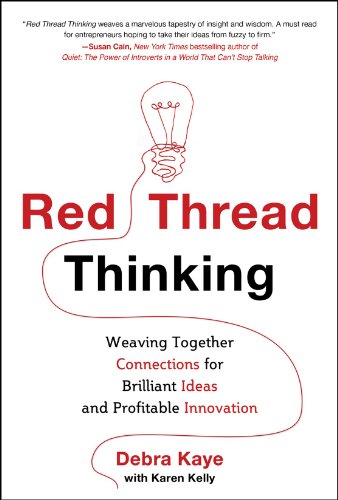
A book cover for Red Thread Thinking: Weaving Together Connections for Brilliant Ideas and Profitable Innovation; Debra Kaye; Business & Money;